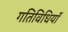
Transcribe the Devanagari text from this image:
गतिविधियॉं